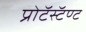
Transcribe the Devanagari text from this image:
प्रोटॅस्टॅण्ट